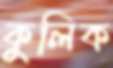
কুলিক